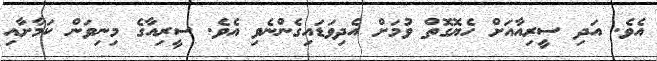
އެވެ. އަދި ސީރިއާއަށް ހެޔޮގޮތް ވުމަށް އެދިވަޑައިގެންނެވި އެވެ. ސީރިއާގެ މިނިވަން ކަމާށާއި